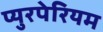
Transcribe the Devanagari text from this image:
प्युरपेरियम